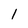
Character: 1